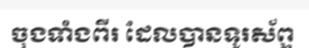
ចុងទាំងពីរ ដែលបានទូរស័ព្ទ